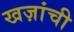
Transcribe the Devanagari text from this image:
खज़ांची